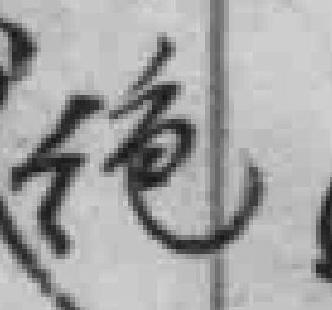
绝